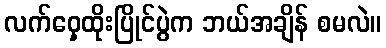
လက်ဝှေ့ထိုးပြိုင်ပွဲက ဘယ်အချိန် စမလဲ။